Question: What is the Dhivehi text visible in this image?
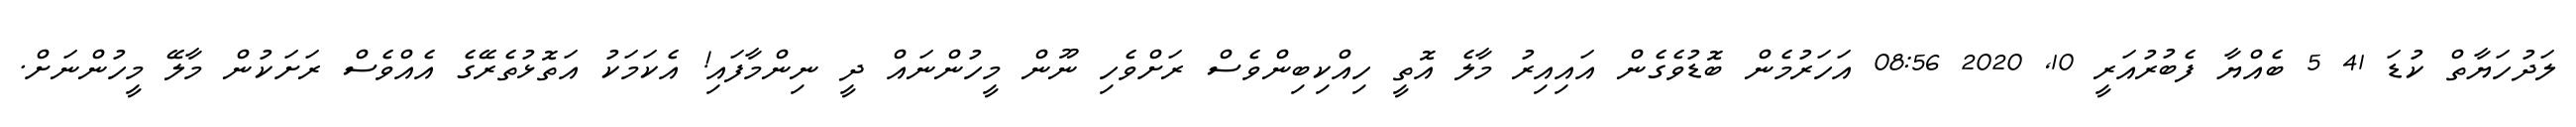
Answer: ލަދުހަޔާތް ކުޑަ 41 5 ބެއްޔާ ފެބުރުއަރީ 10, 2020 08:56 އަހަރުމެން ބޮޑުވެގެން އައިއިރު މާލެ އޮތީ ހިއްކިބިންވެސް ރަށްވެހި ނޫން މީހުންނައް ދީ ނިންމާފައި! އެކަމަކު އަތޮޅުތެރޭގެ އެއްވެސް ރަށަކުން މާލޭ މީހުންނަށް.